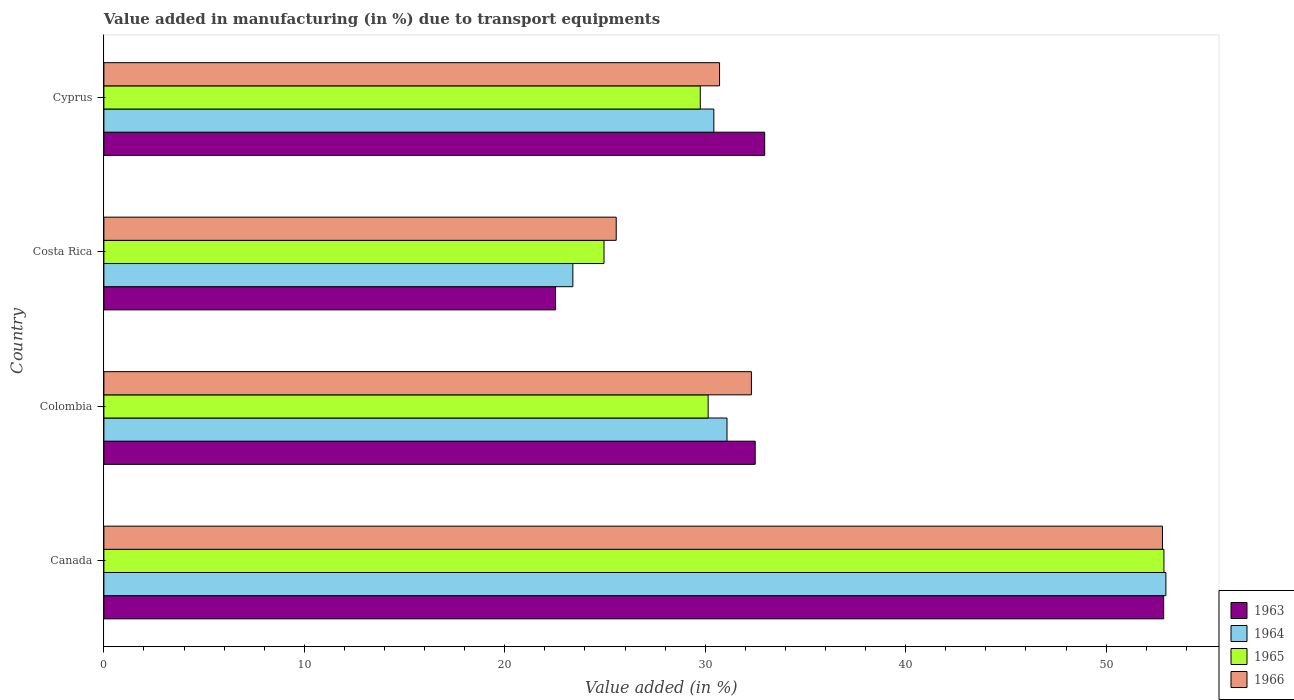
| Country | 1963 | 1964 | 1965 | 1966 |
 | --- | --- | --- | --- | --- |
 | Canada | 52.9 | 53 | 52.9 | 52.8 |
 | Colombia | 32.5 | 31.1 | 30.1 | 32.3 |
 | Costa Rica | 22.5 | 23.4 | 25 | 25.6 |
 | Cyprus | 33 | 30.4 | 29.8 | 30.7 |